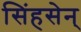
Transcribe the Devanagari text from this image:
सिंहसेन्